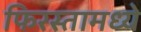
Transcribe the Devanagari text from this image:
फिरस्तामध्ये